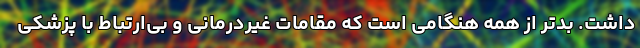
داشت. بدتر از همه هنگامی است که مقامات غیردرمانی و بی‌ارتباط با پزشکی